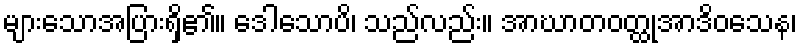
များသောအပြားရှိ၏။ ဒေါသောပိ၊ သည်လည်း။ အာဃာတဝတ္ထုအာဒိဝသေန၊